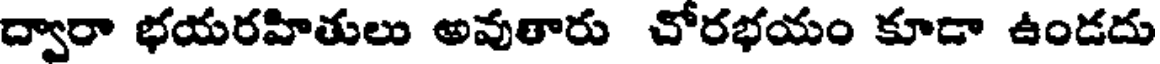
ద్వారా భయరహితులు అవుతారు చోరభయం కూడా ఉండదు